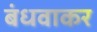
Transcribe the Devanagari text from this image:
बंधवाकर